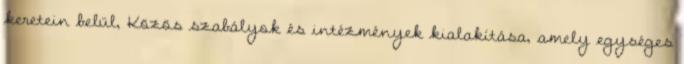
keretein belül, Közös szabályok és intézmények kialakítása, amely egységes